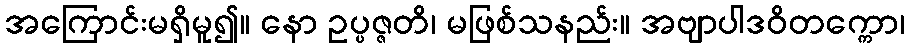
အကြောင်းမရှိမူ၍။ နော ဥပ္ပဇ္ဇတိ၊ မဖြစ်သနည်း။ အဗျာပါဒဝိတက္ကော၊